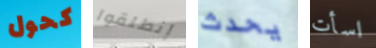
كحول إنطلقوا يحدث اسأت